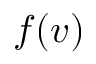
f ( v ) ~